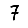
Digit: 7